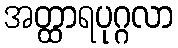
အတ္ထာရပုဂ္ဂလာ